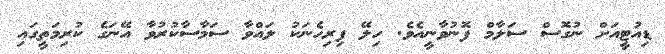
ޑިއުޓީއަށް ނުގޮސް ސަލާމް ފޮނުވާނީއެވެ. ހިލޭ ފިރިހެނަކު ލައްވާ ސަމާސާކުރުވާ އޭނަގެ ކުރިމަތީގައި